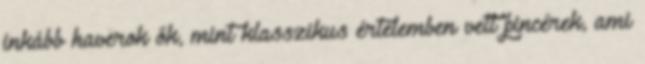
inkább haverok ők, mint klasszikus értelemben vett pincérek, ami